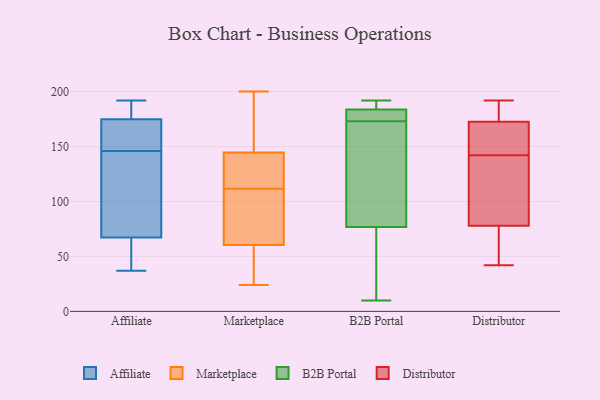
{"axis": {"x": "Humidity (%)", "y": "Value"}, "legend": ["Affiliate", "B2B Portal", "Distributor", "Marketplace"], "data": [{"x": "", "y": 158, "type": "Affiliate"}, {"x": "", "y": 37, "type": "Affiliate"}, {"x": "", "y": 51, "type": "Affiliate"}, {"x": "", "y": 146, "type": "Affiliate"}, {"x": "", "y": 140, "type": "Affiliate"}, {"x": "", "y": 131, "type": "Affiliate"}, {"x": "", "y": 162, "type": "Affiliate"}, {"x": "", "y": 179, "type": "Affiliate"}, {"x": "", "y": 50, "type": "Affiliate"}, {"x": "", "y": 116, "type": "Affiliate"}, {"x": "", "y": 185, "type": "Affiliate"}, {"x": "", "y": 153, "type": "Affiliate"}, {"x": "", "y": 43, "type": "Affiliate"}, {"x": "", "y": 187, "type": "Affiliate"}, {"x": "", "y": 192, "type": "Affiliate"}, {"x": "", "y": 24, "type": "Marketplace"}, {"x": "", "y": 121, "type": "Marketplace"}, {"x": "", "y": 64, "type": "Marketplace"}, {"x": "", "y": 183, "type": "Marketplace"}, {"x": "", "y": 76, "type": "Marketplace"}, {"x": "", "y": 149, "type": "Marketplace"}, {"x": "", "y": 200, "type": "Marketplace"}, {"x": "", "y": 102, "type": "Marketplace"}, {"x": "", "y": 140, "type": "Marketplace"}, {"x": "", "y": 57, "type": "Marketplace"}, {"x": "", "y": 47, "type": "Marketplace"}, {"x": "", "y": 138, "type": "Marketplace"}, {"x": "", "y": 52, "type": "Marketplace"}, {"x": "", "y": 95, "type": "Marketplace"}, {"x": "", "y": 168, "type": "Marketplace"}, {"x": "", "y": 129, "type": "Marketplace"}, {"x": "", "y": 79, "type": "B2B Portal"}, {"x": "", "y": 85, "type": "B2B Portal"}, {"x": "", "y": 76, "type": "B2B Portal"}, {"x": "", "y": 185, "type": "B2B Portal"}, {"x": "", "y": 43, "type": "B2B Portal"}, {"x": "", "y": 192, "type": "B2B Portal"}, {"x": "", "y": 10, "type": "B2B Portal"}, {"x": "", "y": 30, "type": "B2B Portal"}, {"x": "", "y": 179, "type": "B2B Portal"}, {"x": "", "y": 189, "type": "B2B Portal"}, {"x": "", "y": 173, "type": "B2B Portal"}, {"x": "", "y": 98, "type": "B2B Portal"}, {"x": "", "y": 179, "type": "B2B Portal"}, {"x": "", "y": 189, "type": "B2B Portal"}, {"x": "", "y": 180, "type": "B2B Portal"}, {"x": "", "y": 55, "type": "Distributor"}, {"x": "", "y": 181, "type": "Distributor"}, {"x": "", "y": 173, "type": "Distributor"}, {"x": "", "y": 90, "type": "Distributor"}, {"x": "", "y": 170, "type": "Distributor"}, {"x": "", "y": 151, "type": "Distributor"}, {"x": "", "y": 98, "type": "Distributor"}, {"x": "", "y": 171, "type": "Distributor"}, {"x": "", "y": 67, "type": "Distributor"}, {"x": "", "y": 87, "type": "Distributor"}, {"x": "", "y": 42, "type": "Distributor"}, {"x": "", "y": 190, "type": "Distributor"}, {"x": "", "y": 75, "type": "Distributor"}, {"x": "", "y": 142, "type": "Distributor"}, {"x": "", "y": 149, "type": "Distributor"}, {"x": "", "y": 173, "type": "Distributor"}, {"x": "", "y": 141, "type": "Distributor"}, {"x": "", "y": 192, "type": "Distributor"}, {"x": "", "y": 56, "type": "Distributor"}]}